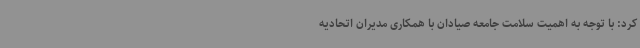
کرد: با توجه به اهمیت سلامت جامعه صیادان با همکاری مدیران اتحادیه